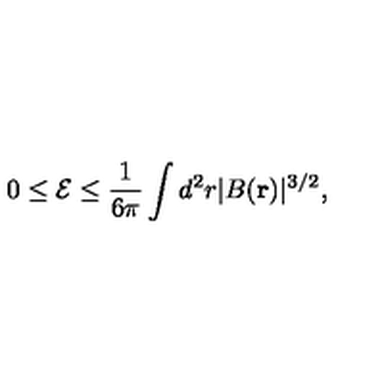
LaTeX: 0 \leq \mathcal { E } \leq \frac { 1 } { 6 \pi } \int d ^ { 2 } r | B ( \mathbf { r } ) | ^ { 3 / 2 } ,